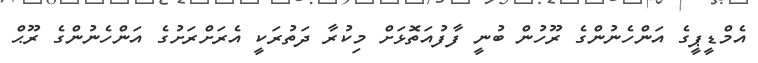
އެމްޑީޕީގެ އަންހެނުންގެ ރޫހުން ބުނީ ފާފުއަތޮޅަށް މިކުރާ ދަތުރަކީ އެރަށްރަށުގެ އަންހެނުންގެ ރޫޙް